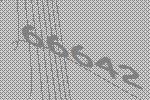
66642